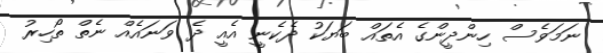
ނަމަވެސް ހިންދީންގެ އެތައް ބަޔަކު ދެކެނީ އެއީ ދެ ވަނައެއް ނެތް ތޯހިރު